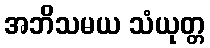
အဘိသမယ သံယုတ္တ